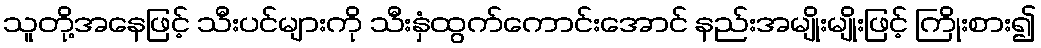
သူတို့အနေဖြင့် သီးပင်များကို သီးနှံထွက်ကောင်းအောင် နည်းအမျိုးမျိုးဖြင့် ကြိုးစား၍